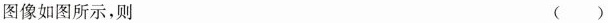
图像如图所示，则 ()